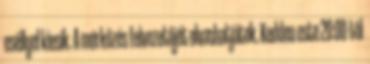
eséllyel kiesik. A mérkőzés felvezetőjét olvashatjátok. Kedden este 20:00-tól